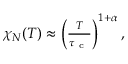
\begin{array} { r } { \chi _ { N } ( T ) \approx \left( \frac { T } { \tau _ { \mathrm { ~ c ~ } } } \right) ^ { 1 + \alpha } , } \end{array}